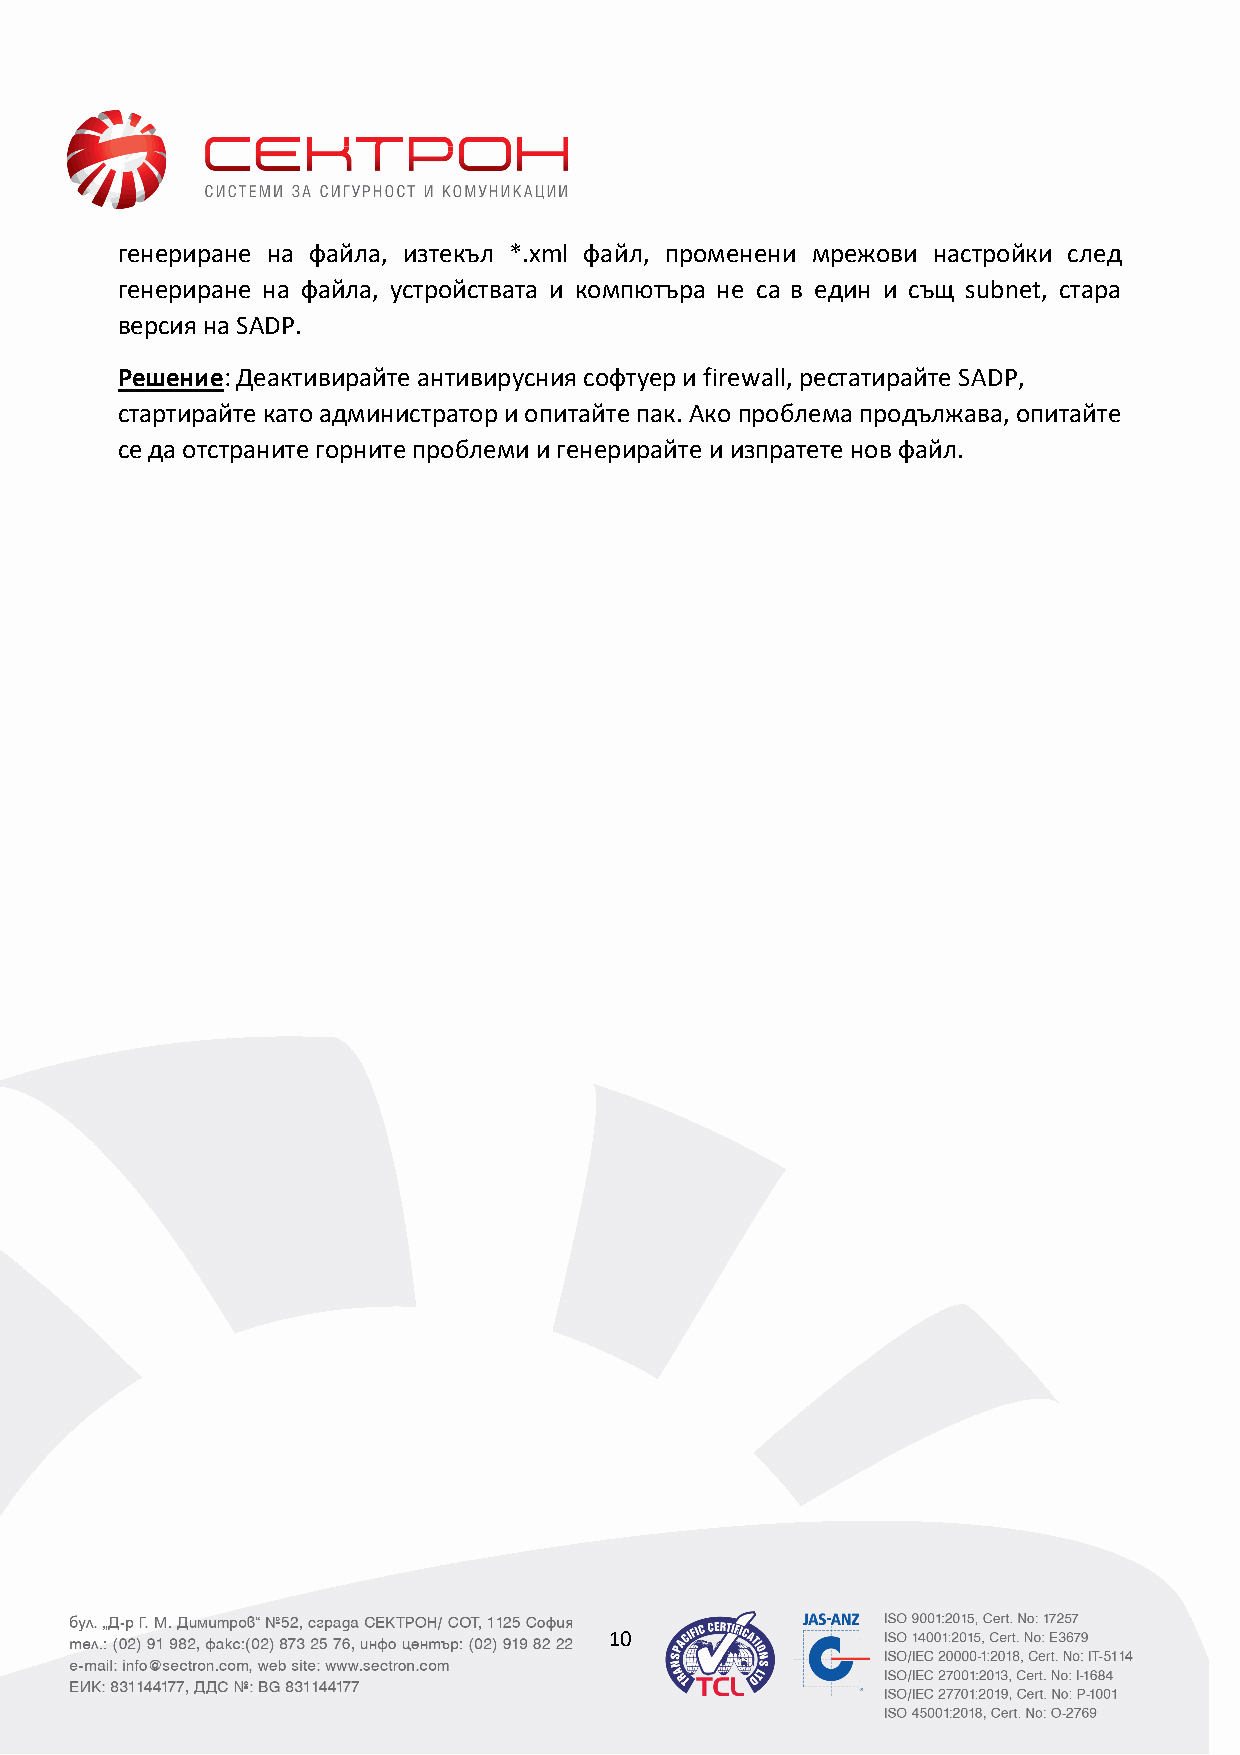
генериране на файла, изтекъл *.xml файл, променени мрежови настройки след
 генериране на файла, устройствата и компютъра не са в един и същ subnet, стара
 версия на SADP.
 Решение: Деактивирайте антивирусния софтуер и firewall, рестатирайте SADP,
 стартирайте като администратор и опитайте пак. Ако проблема продължава, опитайте
 се да отстраните горните проблеми и генерирайте и изпратете нов файл.
 10